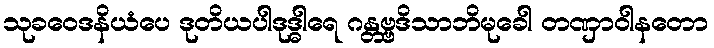
သုခဝေဒနိယံပေ ဒုတိယပါဒုဒ္ဓါရေ ဂန္တဗ္ဗဒိသာဘိမုခေါ တဏှာဝါနတော